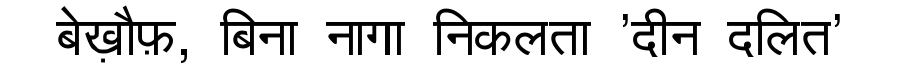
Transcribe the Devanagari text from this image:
बेख़ौफ़, बिना नागा निकलता 'दीन दलित'